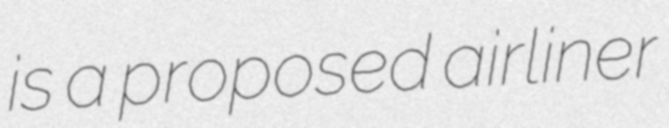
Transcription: is a proposed airliner